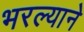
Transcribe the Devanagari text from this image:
भरल्याने